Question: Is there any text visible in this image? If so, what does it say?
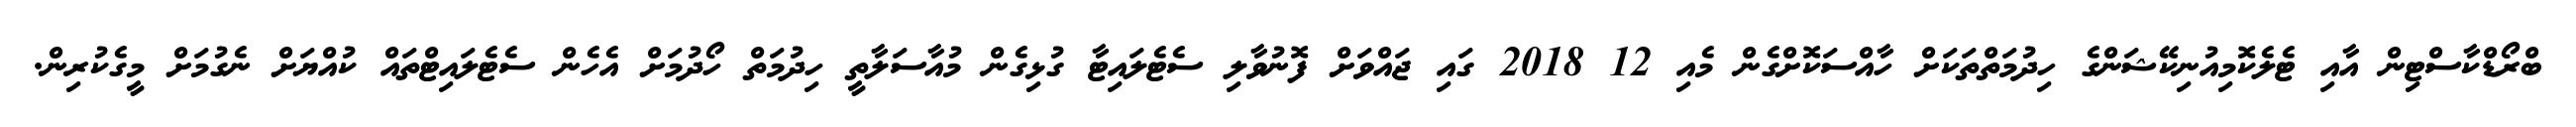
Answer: ބްރޯޑްކާސްޓިން އާއި ޓެލެކޮމިއުނިކޭޝަންގެ ހިދުމަތްތަކަށް ހާއްސަކޮށްގެން މެއި 12 2018 ގައި ޖައްވަށް ފޮނުވާލި ސެޓެލައިޓާ ގުޅިގެން މުއާސަލާތީ ހިދުމަތް ހޯދުމަށް އެހެން ސެޓެލައިޓްތައް ކުއްޔަށް ނެގުމަށް މީގެކުރިން.